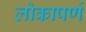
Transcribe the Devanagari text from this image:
लोकापर्ण